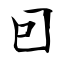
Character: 囙